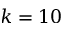
k = 1 0